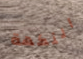
النكهة